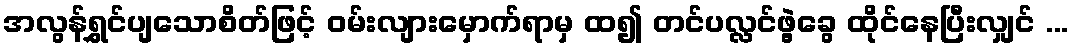
အလွန်ရွှင်ပျသောစိတ်ဖြင့် ဝမ်းလျားမှောက်ရာမှ ထ၍ တင်ပလ္လင်ဖွဲ့ခွေ ထိုင်နေပြီးလျှင် ...